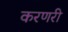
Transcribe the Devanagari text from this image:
करणरी